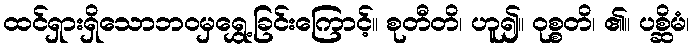
ထင်ရှားရှိသောဘဝမှရွှေ့ခြင်းကြောင့်။ စုတီတိ၊ ဟူ၍။ ဝုစ္စတိ၊ ၏။ ပစ္ဆိမံ၊